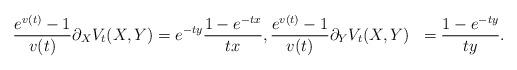
LaTeX: \begin{align*}\begin{aligned}\frac{e^{v(t)}-1}{v(t)}\partial_X V_t(X,Y) &=e^{-ty}\frac{1-e^{-tx}}{tx},\frac{e^{v(t)}-1}{v(t)}\partial_Y V_t(X,Y) &=\frac{1-e^{-ty}}{ty}.\end{aligned}\end{align*}